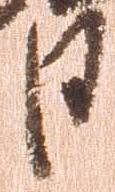
日